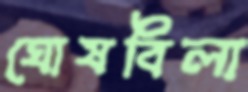
ঘোষবিলা